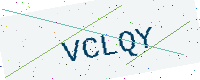
Text: VCLQY